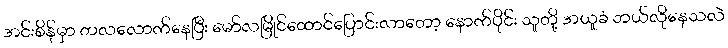
အင်းစိန်မှာ တလလောက်နေပြီး မော်လမြိုင်ထောင်ပြောင်းလာတော့ နောက်ပိုင်း သူတို့ အယူခံ ဘယ်လိုနေသလဲ